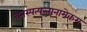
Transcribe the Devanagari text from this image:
वनस्पत्यन्तानामेकम्